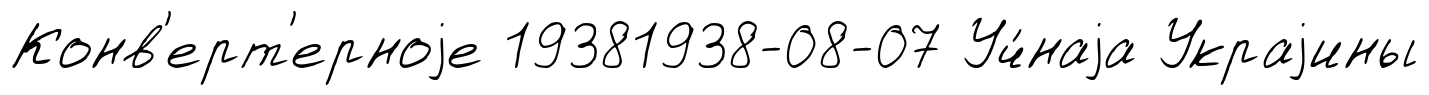
Конв'ерт'ерноjе 19381938-08-07 Уч́наjа Украjины